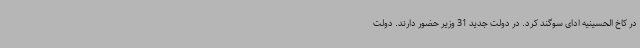
در کاخ الحسینیه ادای سوگند کرد. در دولت جدید 31 وزیر حضور دارند. دولت